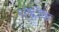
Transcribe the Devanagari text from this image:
राष्ट्रीक